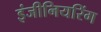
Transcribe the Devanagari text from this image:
इंजीनियरिंग